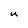
Character: u